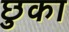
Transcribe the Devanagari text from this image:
छुका